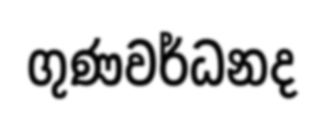
ගුණවර්ධනද